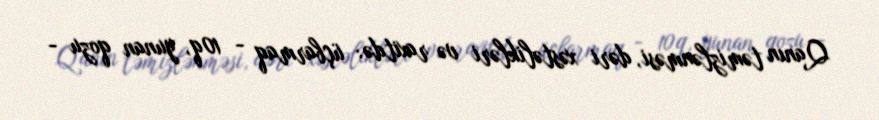
Qanın təmizlənməsi, dəri xəstəlikləri və raxitdə: üçbarmaq - 10q, yunan qozu -